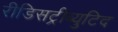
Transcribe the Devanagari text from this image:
रीडिसट्रीब्युटिद